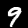
Digit: 9